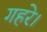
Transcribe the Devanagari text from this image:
गहरे।